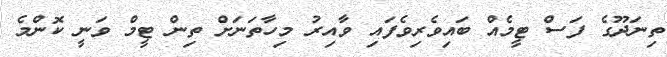
ތިނަދޫގެ ފަސް ޓީމެއް ބައިވެރިވެފައި ވާއިރު މިހާތަނަށް ތިން ޓީމް ވަނީ ކޮންމެ